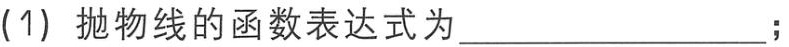
(1) 抛物线的函数表达式为_________________;